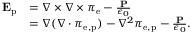
{ \begin{array} { r l } { \mathbf { E } _ { \mathrm { p } } } & { = \nabla \times \nabla \times { \boldsymbol { \pi } } _ { \mathrm { e } } - { \frac { \mathbf { P } } { \epsilon _ { 0 } } } } \\ & { = \nabla ( \nabla \cdot { \boldsymbol { \pi } } _ { \mathrm { e , p } } ) - \nabla ^ { 2 } { \boldsymbol { \pi } } _ { \mathrm { e , p } } - { \frac { \mathbf { P } } { \epsilon _ { 0 } } } . } \end{array} }